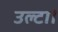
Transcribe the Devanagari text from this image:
उल्टा।